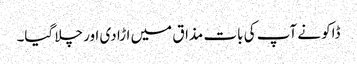
ڈاکو نے آپ کی بات مذاق میں اڑا دی اور چلا گیا۔